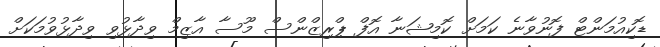
ޑޮކިއުމަންޓް ފޮނުވާނެ ކަމަށް ކޮމިޝަނާ އޮފް ޕްރިޒްންސް މޫސާ އާޒިމް ވިދާޅުވި ވިދާޅުވުމަކަށް